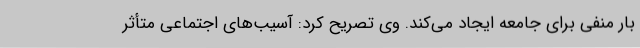
بار منفی برای جامعه ایجاد می‌کند. وی تصریح کرد: آسیب‌های اجتماعی متأثر